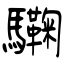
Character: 驧